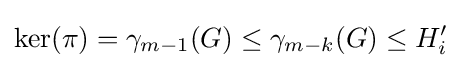
\ker(\pi )=\gamma _{m-1}(G)\leq \gamma _{m-k}(G)\leq H_{i}'